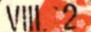
VIII 2